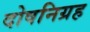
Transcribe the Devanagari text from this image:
दोषनिग्रह